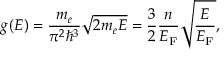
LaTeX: g ( E ) = { \frac { m _ { e } } { \pi ^ { 2 } \hbar ^ { 3 } } } { \sqrt { 2 m _ { e } E } } = { \frac { 3 } { 2 } } { \frac { n } { E _ { \mathrm { { F } } } } } { \sqrt { \frac { E } { E _ { \mathrm { { F } } } } } } ,